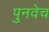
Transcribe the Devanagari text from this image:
पुनवेच